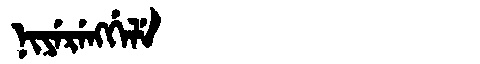
Manchu: ᠨᡳᠶᡝᡵᡝᠩᡤᡝᠯᡝ
Romanization: NIYERENGGELE